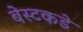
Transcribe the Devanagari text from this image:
बेस्टकडे